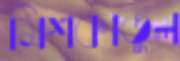
মিশকাতুল